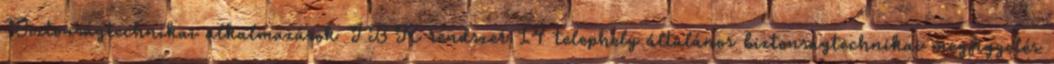
Biztonságtechnikai alkalmazások IBR rendszer 14 telephely általános biztonságtechnikai megfigyelés